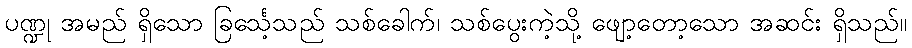
ပဏ္ဍု အမည် ရှိသော ခြင်္သေ့သည် သစ်ခေါက်၊ သစ်ပွေးကဲ့သို့ ဖျော့တော့သော အဆင်း ရှိသည်။